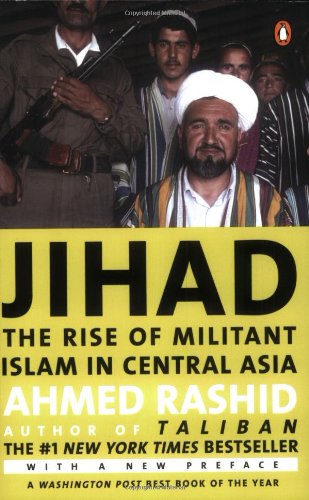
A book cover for Jihad: The Rise of Militant Islam in Central Asia; Ahmed Rashid; Religion & Spirituality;